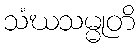
သံဃသမ္မုတိ